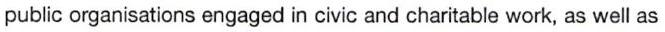
public organisations engaged in civic and charitable work, as well as